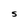
Character: 5